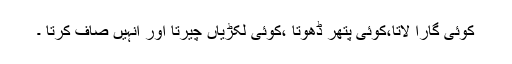
کوئی گارا لاتا،کوئی پتھر ڈھوتا ،کوئی لکڑیاں چیرتا اور انہیں صاف کرتا ۔